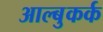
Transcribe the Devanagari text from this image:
आल्बुकर्क